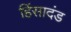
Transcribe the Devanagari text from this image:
हिंसादंड